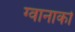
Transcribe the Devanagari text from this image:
ग्वानाको